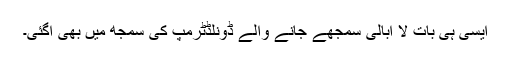
ایسی ہی بات لا ابالی سمجھے جانے والے ڈونلڈٹرمپ کی سمجھ میں بھی آگئی۔